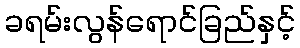
ခရမ်းလွန်ရောင်ခြည်နှင့်